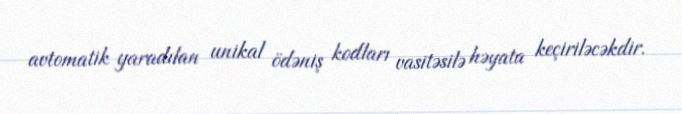
avtomatik yaradılan unikal ödəniş kodları vasitəsilə həyata keçiriləcəkdir.